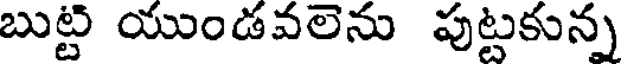
బుట్టి యుండవలెను పుట్టకున్న